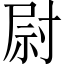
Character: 尉